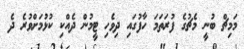
މަމިޗް ބުނީ މެޗުގެ ފުރަތަމަ ހާފުގައި ދިވެހި ޓީމުން ދެއްކި ކުޅުމަށްވުރެ ދެ